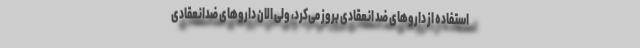
استفاده از داروهای ضد انعقادی بروز می‌کرد، ولی الان داروهای ضدانعقادی